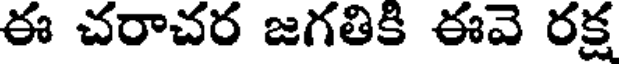
ఈ చరాచర జగతికి ఈవె రక్ష